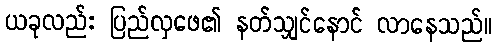
ယခုလည်း ပြည်လှဖေ၏ နတ်သျှင်နောင် လာနေသည်။